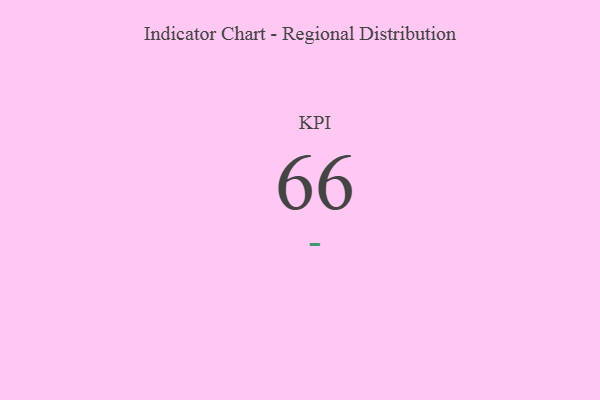
{"axis": {"x": "KPI", "y": "Value"}, "legend": [""], "data": [{"x": "KPI", "y": 66, "type": ""}]}